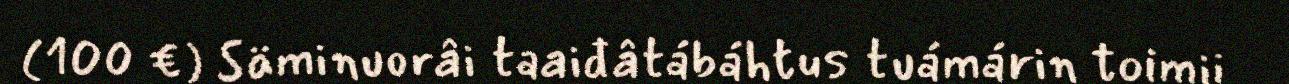
(100 €) Säminuorâi taaiđâtábáhtus tuámárin toimii